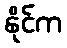
နိုင်က